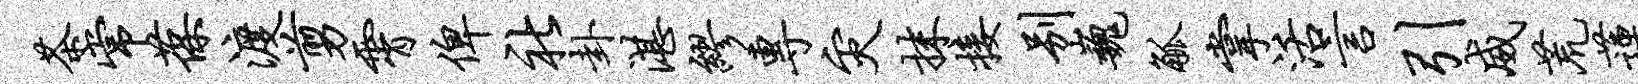
茶常葆渡剪霄俾社卦湛缪专灾抹接别巍觚掌活言引威荒莲